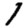
Digit: 1